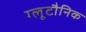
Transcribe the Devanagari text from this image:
ग्लूटौनिक